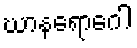
ဃာနရောဂေါ